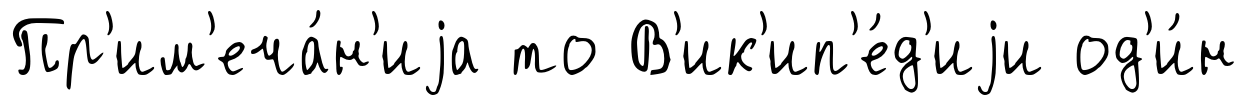
Пр'им'еча́н'иjа то В'ик'ип'е́д'иjи од'и́н